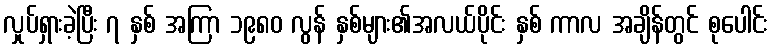
လှုပ်ရှားခဲ့ပြီး ၇ နှစ် အကြာ ၁၉၈၀ လွန် နှစ်များ၏အလယ်ပိုင်း နှစ် ကာလ အချိန်တွင် စုပေါင်း